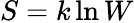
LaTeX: S=k\ln{W}